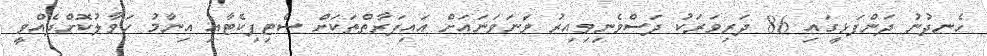
ހެނދުނު ދަންފަޅީގައި 86 ދަރިވަރަކު ދަސްވެނިވިއިރު ވަނަވަނައަށް އައިފަރާތްތަކަށް ސެޓިފިކެޓާއި އިނާމު ހަވާލުކޮށްދެއްވީ